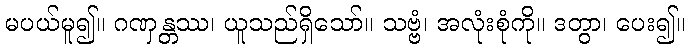
မပယ်မူ၍။ ဂဏှန္တဿ၊ ယူသည်ရှိသော်။ သဗ္ဗံ၊ အလုံးစုံကို။ ဒတွာ၊ ပေး၍။